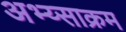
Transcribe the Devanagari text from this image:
अभ्य्साक्रम